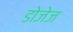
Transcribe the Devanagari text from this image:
डोजेज